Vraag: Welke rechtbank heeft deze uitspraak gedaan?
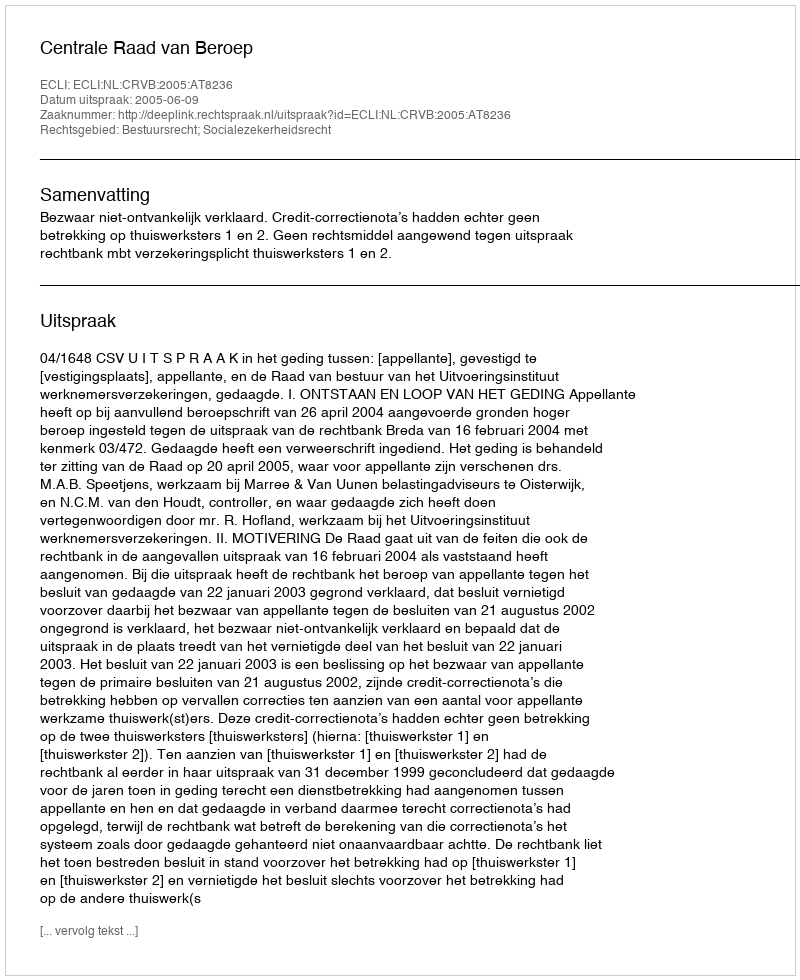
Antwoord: Centrale Raad van Beroep